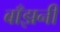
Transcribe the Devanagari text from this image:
बाँझनी